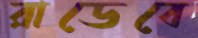
রাডেবে